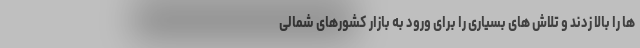
ها را بالا زدند و تلاش های بسیاری را برای ورود به بازار کشورهای شمالی